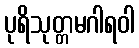
ပုရိသုတ္တမဂါရဝါ